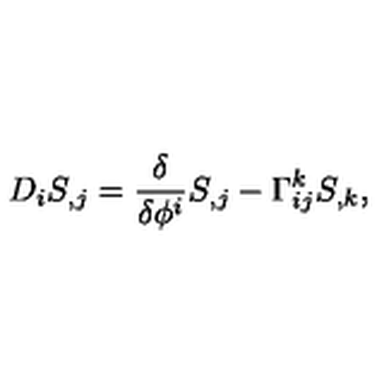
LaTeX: D _ { i } S _ { , j } = { \frac { \delta } { \delta \phi ^ { i } } } S _ { , j } - \Gamma _ { i j } ^ { k } S _ { , k } ,